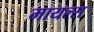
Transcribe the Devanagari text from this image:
मायल्स